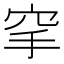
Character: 𥤺